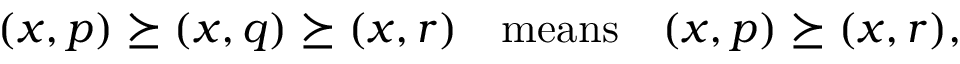
\begin{array} { r } { ( x , p ) \succeq ( x , q ) \succeq ( x , r ) \quad \mathrm { m e a n s } \quad ( x , p ) \succeq ( x , r ) , } \end{array}